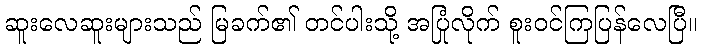
ဆူးလေဆူးများသည် မြခက်၏ တင်ပါးသို့ အပြုံလိုက် စူးဝင်ကြပြန်လေပြီ။